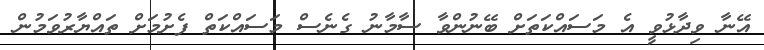
އޭނާ ވިދާޅުވީ އެ މަސައްކަތަށް ބޭނުންވާ ސާމާނު ގެނެސް މަސައްކަތް ފެށުމަށް ތައްޔާރުވަމުން